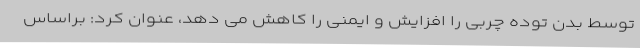
توسط بدن توده چربی را افزایش و ایمنی را کاهش می دهد، عنوان کرد: براساس